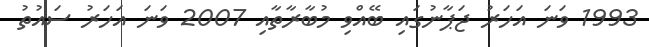
1993 ވަނަ އަހަރު ޖަޕާނުގައި ބޭއްވި މުބާރާތާއި 2007 ވަނަ އަހަރު ސައުތު